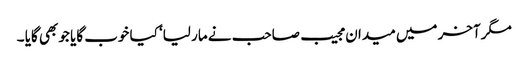
مگرآخر میں میدان مجیب صاحب نے مار لیا‘ کیا خوب گایا جو بھی گایا ۔